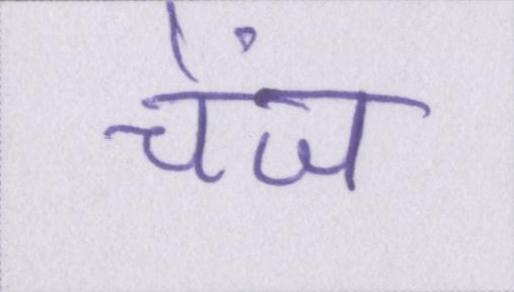
चेंज